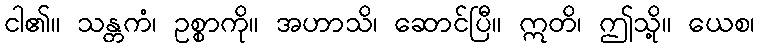
ငါ၏။ သန္တကံ၊ ဥစ္စာကို။ အဟာသိ၊ ဆောင်ပြီ။ ဣတိ၊ ဤသို့။ ယေစ၊